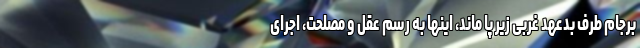
برجام طرف بدعهد غربی زیر پا ماند، اینها به رسم عقل و مصلحت، اجرای